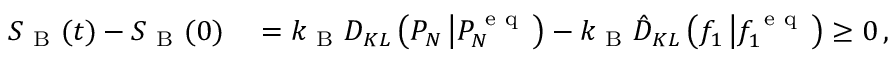
\begin{array} { r l } { S _ { \mathrm { ~ B ~ } } ( t ) - S _ { \mathrm { ~ B ~ } } ( 0 ) } & { { } = k _ { \mathrm { ~ B ~ } } D _ { K L } \left( P _ { N } \left| P _ { N } ^ { \mathrm { ~ e ~ q ~ } } \right. \right) - k _ { \mathrm { ~ B ~ } } \hat { D } _ { K L } \left( f _ { 1 } \left| f _ { 1 } ^ { \mathrm { ~ e ~ q ~ } } \right. \right) \geq 0 \, , } \end{array}